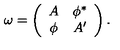
\omega = \left( \begin{array} { c c } { A } & { \phi ^ { * } } \\ { \phi } & { A ^ { \prime } } \\ \end{array} \right) .